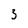
Character: 3